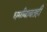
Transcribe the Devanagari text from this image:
धर्मांबाबतही